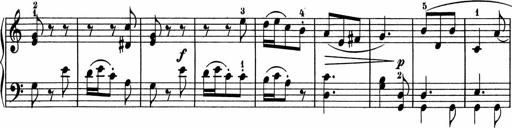
Title: 5 Sonatinen fÃ¼r die Jugend
Composer: Carl Reinecke